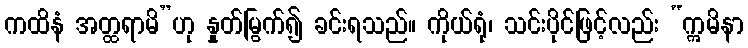
ကထိနံ အတ္ထရာမိ”ဟု နှုတ်မြွက်၍ ခင်းရသည်။ ကိုယ်ရုံ၊ သင်းပိုင်ဖြင့်လည်း “ဣမိနာ